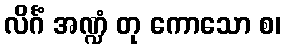
လိင်္ဂံ အဏ္ဍံ တု ကောသော စ၊